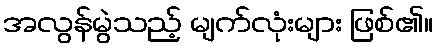
အလွန်မွဲသည့် မျက်လုံးများ ဖြစ်၏။